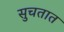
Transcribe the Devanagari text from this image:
सुचतात